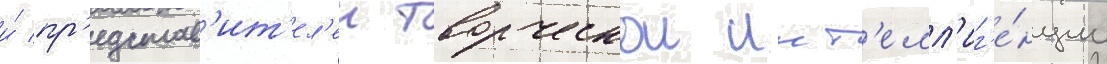
и́ пр'едстав'ит'ел'еи творческои инт'елл'иг'е́нции